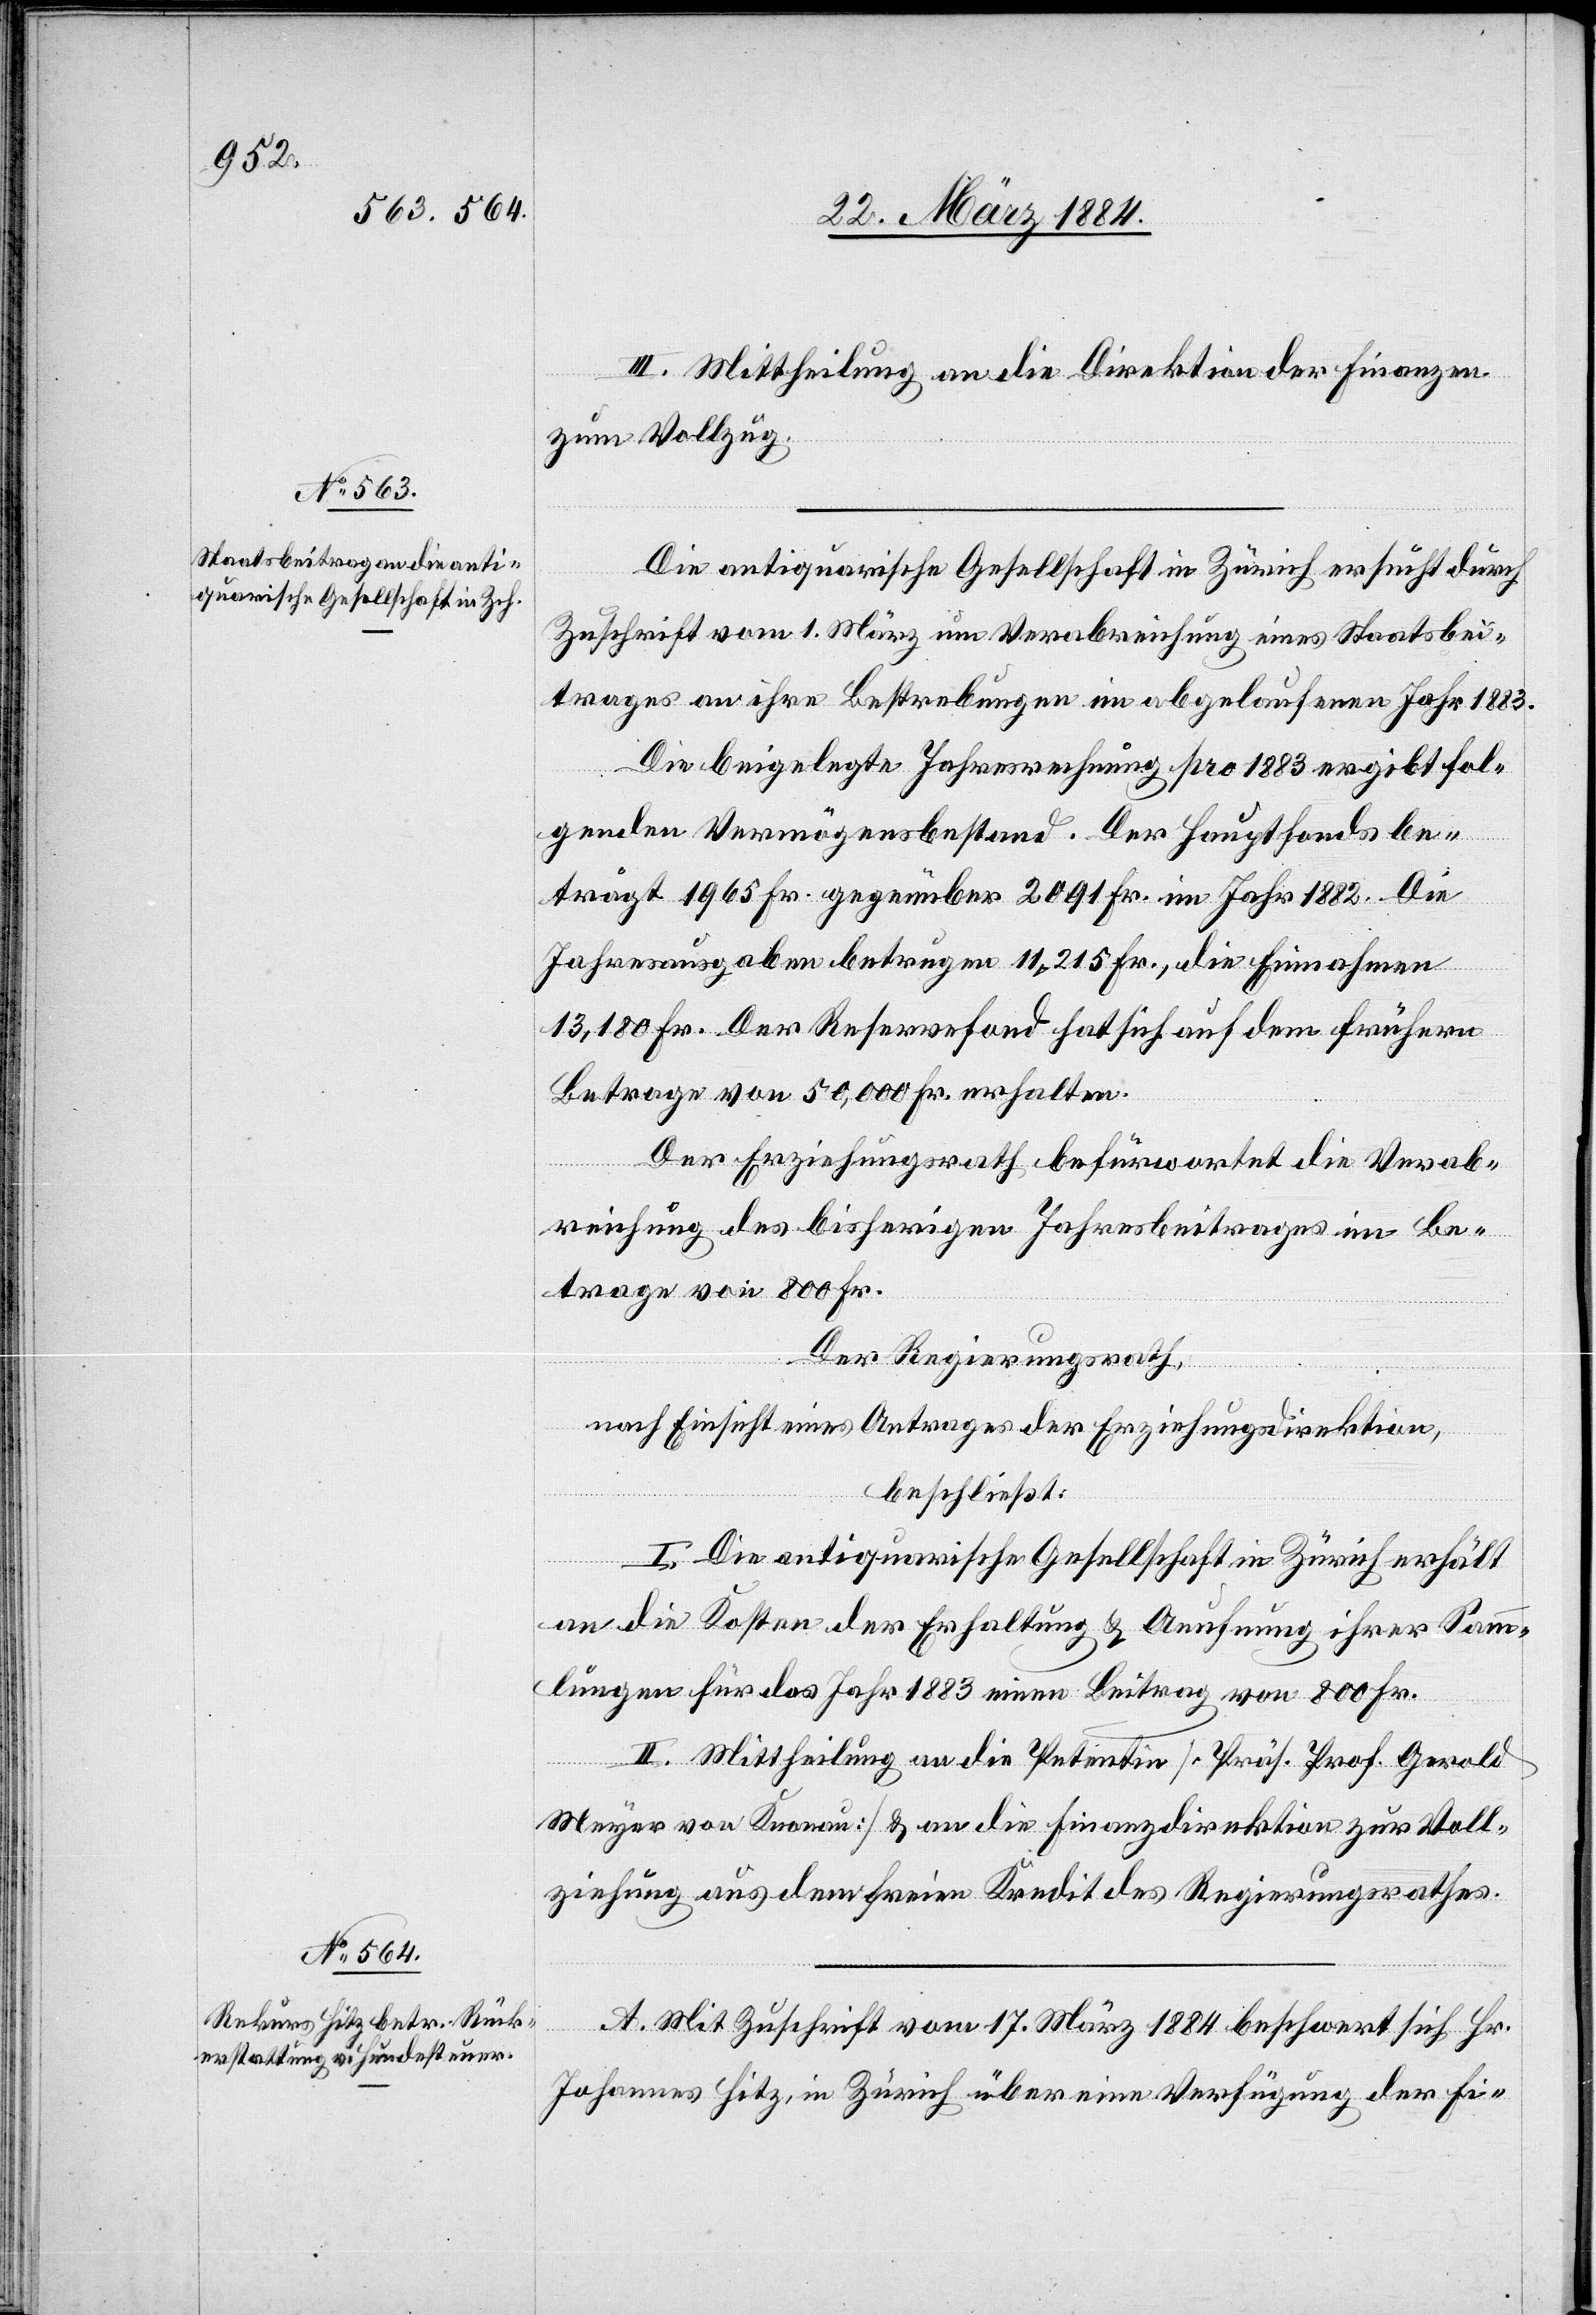
III. Mittheilung an die Direktion der Finanzen
zum Vollzug.
Die antiquarische Gesellschaft in Zürich ersucht durch
Zuschrift vom 1. März um Verabreichung eines Staatsbei¬
trages an ihre Bestrebungen im abgelaufenen Jahr 1883.
Die beigelegte Jahresrechnung pro 1883 ergibt fol¬
genden Vermögensbestand. Der Hauptfonds be¬
trägt 1965 Fr. gegenüber 2091 Fr. im Jahr 1882. Die
Jahresausgaben betrugen 11,215 Fr., die Einnahmen
13,180 Fr. Der Reservefond hat sich auf dem frühern
Betrage von 50,000 Fr. erhalten.
Der Erziehungsrath befürwortet die Verab¬
reichung des bisherigen Jahresbeitrages im Be¬
trage von 800 Fr.
Der Regierungsrath,
nach Einsicht eines Antrages der Erziehungsdirektion,
beschließt:
I. Die antiquarische Gesellschaft in Zürich erhält
an die Kosten der Erhaltung & Aefnung ihrer Samm¬
lungen für das Jahr 1883 einen Beitrag von 800 Fr.
II. Mittheilung an die Petentin [Präs. Prof. Gerold
Meyer von Knonau] & an die Finanzdirektion zur Voll¬
ziehung aus dem freien Kredit des Regierungsrathes.
A. Mit Zuschrift vom 17. März 1884 beschwert sich Hr.
Johannes Hitz, in Zürich über eine Verfügung der Fi-